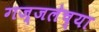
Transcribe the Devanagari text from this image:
गज्जलेच्या